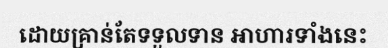
ដោយគ្រាន់តែទទួលទាន អាហារទាំងនេះ